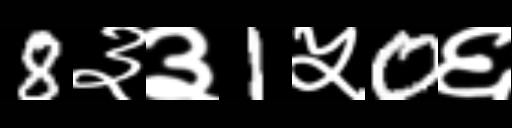
Text: 8३३1५0६